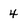
Character: 4